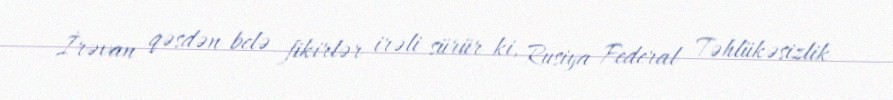
İrəvan qəsdən belə fikirlər irəli sürür ki, Rusiya Federal Təhlükəsizlik